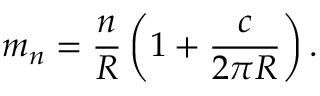
m _ { n } = \frac { n } { R } \left( 1 + \frac { c } { 2 \pi R } \right) .